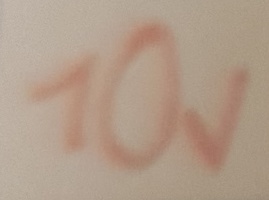
Text: 10V